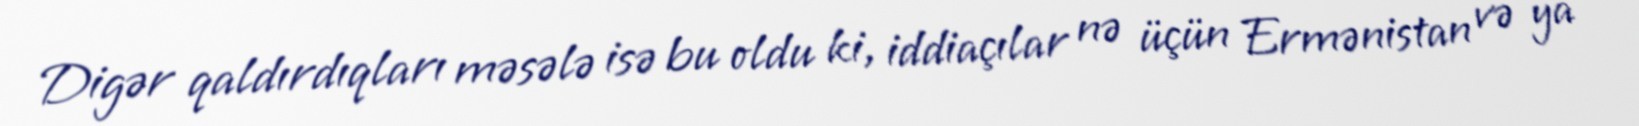
Digər qaldırdıqları məsələ isə bu oldu ki, iddiaçılar nə üçün Ermənistan və ya